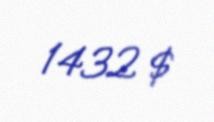
1432 $